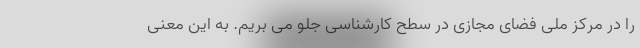
را در مرکز ملی فضای مجازی در سطح کارشناسی جلو می بریم. به این معنی